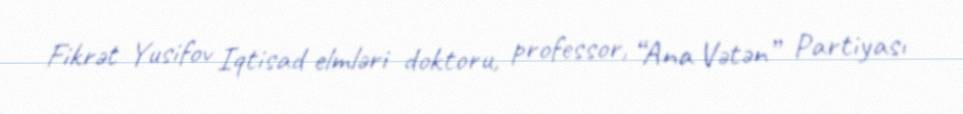
Fikrət Yusifov Iqtisad elmləri doktoru, professor, “Ana Vətən” Partiyası